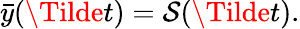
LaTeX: \begin{array}{r}{\bar{y}(\Tilde{t})=\mathcal{S}(\Tilde{t}).}\end{array}